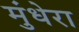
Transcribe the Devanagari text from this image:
मुंधेरा